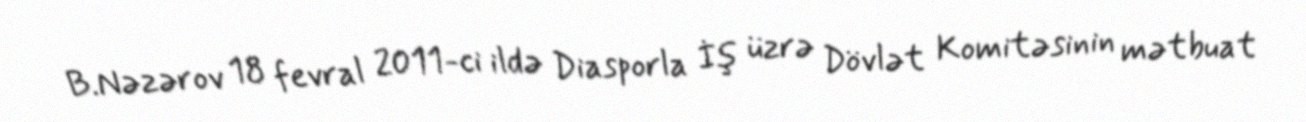
B.Nəzərov 18 fevral 2011-ci ildə Diasporla İş üzrə Dövlət Komitəsinin mətbuat